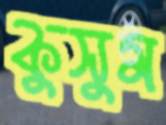
কুসুম